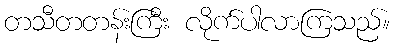
တသီတတန်းကြီး လိုက်ပါလာကြသည်။